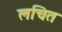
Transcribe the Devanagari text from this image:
लचित